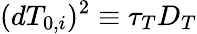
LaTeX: (dT_{0,i})^{2}\equiv\tau_{T}D_{T}